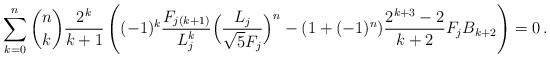
\begin{align*}\sum_{k=0}^n \binom{n}{k} \frac{2^k}{k+1} \left((-1)^k\frac{F_{j(k+1)}}{L^k_j}\Bigl( \frac{L_j}{\sqrt5F_j}\Bigr)^n - (1+(-1)^n) \frac{2^{k+3}-2}{k+2} F_j B_{k+2}\right)=0\,.\end{align*}